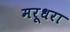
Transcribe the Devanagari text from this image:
मरूधरा